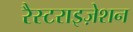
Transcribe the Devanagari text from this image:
रैस्टराइज़ेशन